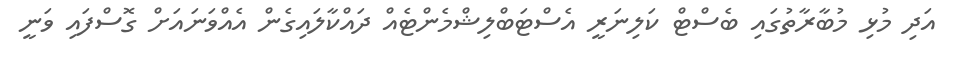
އަދި މުޅި މުބާރާތުގައި ބެސްޓް ކަލިނަރީ އެސްޓަބްލިޝްމެންޓެއް ދައްކާލައިގެން އެއްވަނައަށް ގޮސްފައި ވަނީ